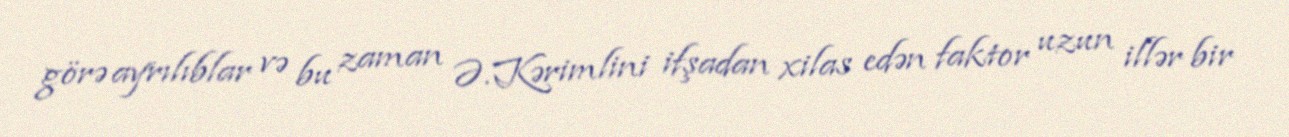
görə ayrılıblar və bu zaman Ə.Kərimlini ifşadan xilas edən faktor uzun illər bir